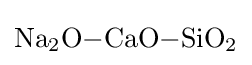
{\mathrm {Na} {\vphantom {A}}_{\smash[{t}]{2}}\mathrm {O} {-}\mathrm {CaO} {-}\mathrm {SiO} {\vphantom {A}}_{\smash[{t}]{2}}}